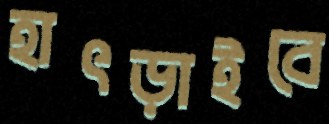
হাৎড়াইবে